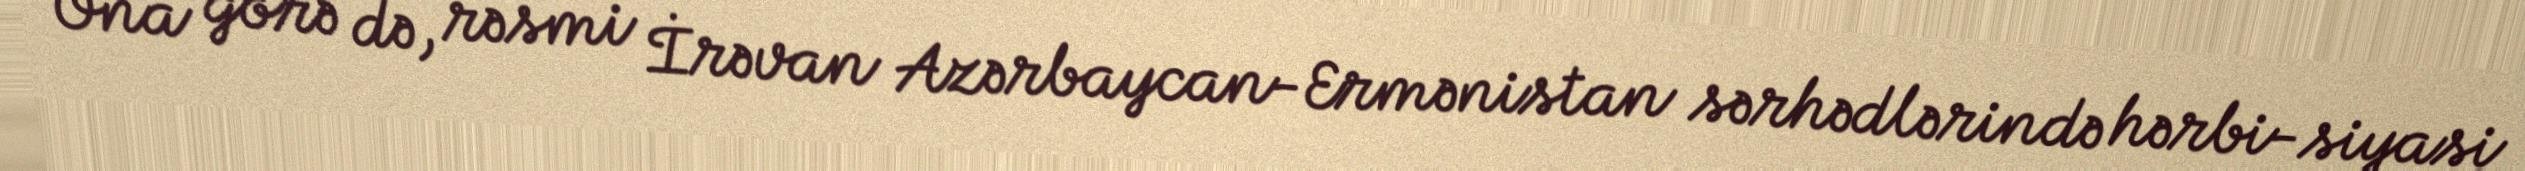
Ona görə də, rəsmi İrəvan Azərbaycan-Ermənistan sərhədlərində hərbi-siyasi